Report on vaccination in Madras 1895-1903 - 1895-1903
Year: 1895
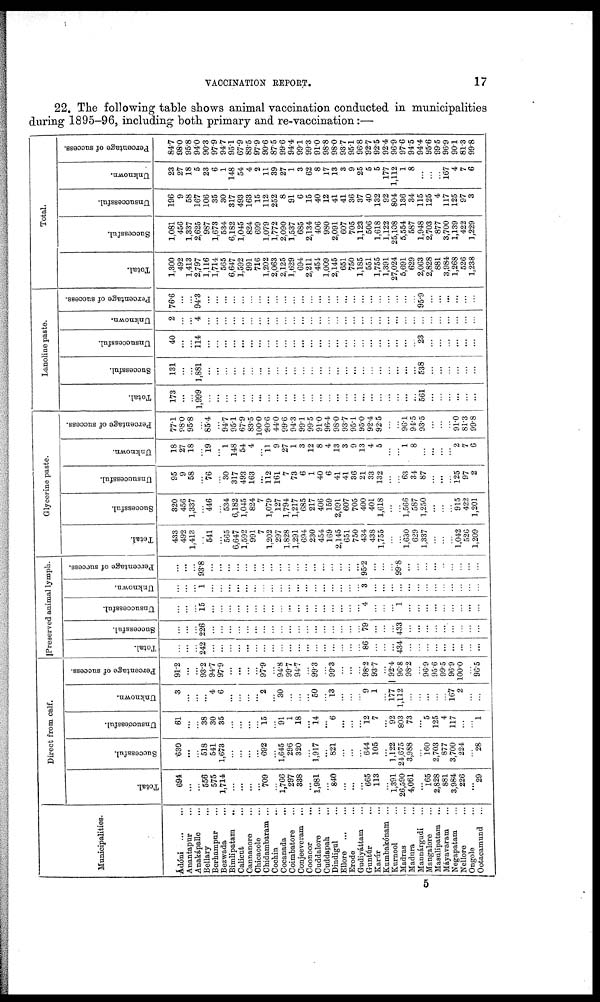
VACCINATION REPORT.
17
22. The following table shows animal vaccination conducted in municipalities
during 1895-96, including both primary and re-vaccination:—
Municipalities.
Ádóni... ...
Anantapur...
Anakápalle ...
Bellary ...
Berhampur ...
Bezwada ...
Bimlipatam..
Calicut...
Cannanore...
Chioacole...
Chidambaram ...
Cochin...
Cocanada...
Coimbatore...
Conjeeveram...
Coonoor
...
Cuddalore ...
Cuddapah ...
Dindigul ...
Ellore
...
...
Erode...
Gudiyáttam ...
Guntúr ...
Karúr ...
Kumbakónam ...
Kurnool ...
Madras...
Madura...
Mannárgudi ...
Mangalore ...
Masulipatam ...
Máyavaram ...
Negapatam ...
Nellore ...
Ongole ...
Ootacamund ...
Direct from calf.
Total.
694
...
...
556
575
1,714
...
...
...
...
709
...
1,766
297
338
...
1,981
...
840
...
...
...
665
113
...
1,391
26,590
4,061
...
165
2,828
881
3,984
226
...
29
Successful.
630
...
...
518
541
1,673
...
...
...
...
692
...
1,645
296
320
...
1,017
...
821
...
...
...
644
105
...
1, 122
24,675
3,988
...
160
2,703
877
3,700
224
...
28
Unsuccessful.
61
...
...
38
30
35
...
...
...
...
15
...
91
1
18
...
14
...
6
...
...
...
12
7
...
92
803
73
...
5
125
4
117
...
...
1
Unknown.
3
...
...
...
4
6
...
...
...
...
2
...
30
...
...
...
50
...
13
...
...
...
9
1
...
177
1,112
...
...
...
...
...
167
2
...
...
Percentage of success.
91.2
...
...
93.2
94.7
97.9
...
...
...
...
97.9
...
94.8
99.7
94.7
...
99.3
...
99.3
...
...
...
98.2
93.7
...
92.4
96.8
98.2
...
96.9
95.6
99.5
96.9
100.0
...
96.5
Preserved animal lymph.
Total.
...
...
...
242
...
...
...
...
...
...
...
...
...
...
...
...
...
...
...
...
...
...
86
...
...
...
434
...
...
...
...
...
...
...
...
...
Successful.
...
...
...
226
...
...
...
...
...
...
...
...
...
...
...
...
...
...
...
...
...
...
79
...
...
...
433
...
...
...
...
...
...
...
...
...
Unsuccessful.
...
...
...
15
...
...
...
...
...
...
...
...
...
...
...
...
...
...
...
...
...
...
4
...
...
...
1
...
...
...
...
...
...
...
...
...
Unknown.
...
...
...
1
...
...
...
...
...
...
...
...
...
...
...
...
...
...
...
...
...
...
3
...
...
...
...
...
...
...
...
...
...
...
...
...
Percentage of success.
...
...
...
93.8
...
...
...
...
...
...
...
...
...
...
...
...
...
...
...
...
...
...
95.2
...
...
...
99.8
...
...
...
...
...
...
...
...
...
Glycerine paste.
Total.
433
492
1,413
...
541
...
565
6,647
1,592
991
7
1,202
297
1,828
1,291
694
230
454
169
2,145
651
750
434
438
1,755
...
...
1,630
629
1,337
...
...
...
1,042
526
1,209
Successful.
320
456
1,337
...
446
...
534
6,182
1,045
824
7
1,079
127
1,794
1,217
685
217
406
159
2,091
607
705
400
401
1,618
...
...
1,566
587
1,250
...
...
...
915
422
1,201
Unsuccessful.
95
9
58
...
76
...
30
317
493
163
...
112
161
7
73
6
1
40
6
41
41
36
21
33
132
...
...
63
34
87
...
...
...
125
97
2
Unknown.
18
27
18
...
19
...
1
148
54
4
...
11
9
27
1
3
12
8
4
13
3
9
13
4
5
...
...
1
8
...
...
...
...
2
7
6
Percentage of success.
77.1
98.0
95.8
...
85.4
...
94.7
95.1
67.9
83.5
100.0
90.6
44.0
99.6
94.3
99.1
99.5
91.0
96.4
98.0
93.7
95.1
95.0
92.4
92.5
...
...
96.1
94.5
93.5
...
...
...
91.0
81.3
99.8
Lanoline paste.
Total.
173
...
...
1,999
...
...
...
...
...
...
...
...
...
...
...
...
...
...
...
...
...
...
...
...
...
...
...
...
...
561
...
...
...
...
...
...
Successful.
131
...
...
1,881
...
...
...
...
...
...
...
...
...
...
...
...
...
...
...
...
...
...
...
...
...
...
...
...
...
538
...
...
...
...
...
...
Unsuccessful.
40
...
...
114
...
...
...
...
...
...
...
...
...
...
...
...
...
...
...
...
...
...
...
...
...
...
...
...
...
23
...
...
...
...
...
...
Unknown.
2
...
...
4
...
...
...
...
...
...
...
...
...
...
...
...
...
...
...
...
...
...
...
...
...
...
...
...
...
...
...
...
...
...
...
...
Percentage of success.
76.6
...
...
94.3
...
...
...
...
...
...
...
...
...
...
...
...
...
...
...
...
...
...
...
...
...
...
...
...
...
95.9
...
...
...
...
...
...
Total.
Total.
1,300
492
1,413
2,797
1,116
1,714
565
6,647
1,592
991
716
1,202
2,063
2,125
1,629
694
2,211
454
1,009
2,145
651
750
1,185
551
1,755
1,391
27,024
5,691
629
2,063
2,828
881
3,984
1,268
526
1,238
Successful.
1,081
456
1,337
2,625
987
1,673
534
6,182
1,045
824
699
1,079
1,772
2,090
1,537
685
2,134
406
980
2,091
607
705
1,123
506
1,618
1,122
25,108
5,554
587
1,948
2,703
877
3,700
1,139
422
1,229
Unsuccessful.
196
9
58
167
106
35
30
317
493
163
15
112
252
8
91
6
15
40
12
41
41
36
37
40
132
92
804
136
34
115
125
4
117
125
97
3
Unknown.
23
27
18
5
23
6
1
148
54
4
2
11
39
27
1
3
62
8
17
13
3
9
25
5
5
177
1,112
1
8
...
...
...
167
4
7
6
Percentage of success.
84.7
98.0
95.8
94.0
90.3
97.9
94.7
95.1
67.9
83.5
97.9
90.6
87.5
99.6
94.4
99.1
99.3
91.0
98.8
98.0
93.7
95.1
96.8
92.7
92.5
92.4
96.9
97.6
94.5
94.4
95.6
99.5
96.9
90.1
81.8
99.8
5